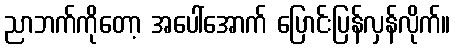
ညာဘက်ကိုတော့ အပေါ်အောက် ပြောင်းပြန်လှန်လိုက်။